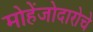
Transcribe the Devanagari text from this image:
मोहेंजोदारोचे